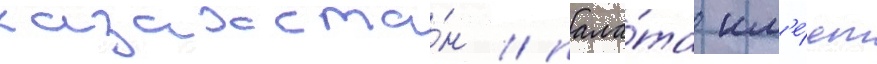
казахста́н / пала́та им'е́ет